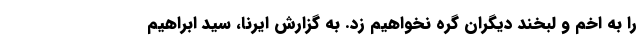
را به اخم و لبخند دیگران گره نخواهیم زد. به گزارش ایرنا، سید ابراهیم